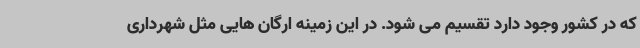
که در کشور وجود دارد تقسیم می شود. در این زمینه ارگان هایی مثل شهرداری